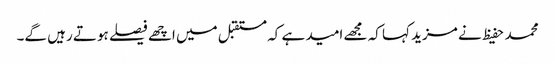
محمد حفیظ نے مزید کہا کہ مجھے امید ہے کہ مستقبل میں اچھے فیصلے ہوتے رہیں گے۔